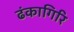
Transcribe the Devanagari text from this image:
ढंकागिरि